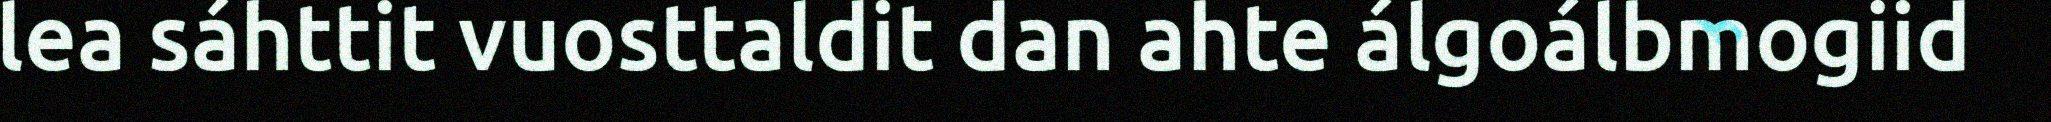
lea sáhttit vuosttaldit dan ahte álgoálbmogiid